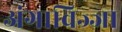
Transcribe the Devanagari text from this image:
अंगाविज्जा